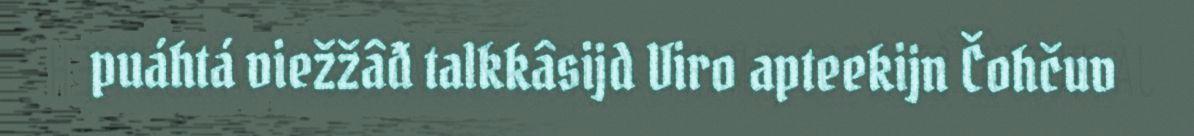
puáhtá viežžâđ talkkâsijd Viro apteekijn Čohčuv